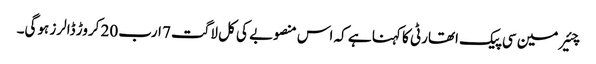
چئیرمین سی پیک اتھارٹی کا کہنا ہے کہ اس منصوبے کی کل لاگت 7 ارب 20 کروڑ ڈالرز ہوگی۔